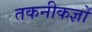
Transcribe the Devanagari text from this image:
तकनीकज्ञों